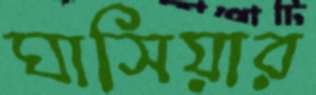
ঘাসিয়ার